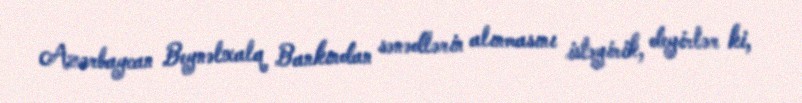
Azərbaycan Beynəlxalq Bankından sənədlərin alınmasını istəyirik, deyirlər ki,